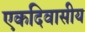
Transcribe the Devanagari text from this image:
एकदिवासीय